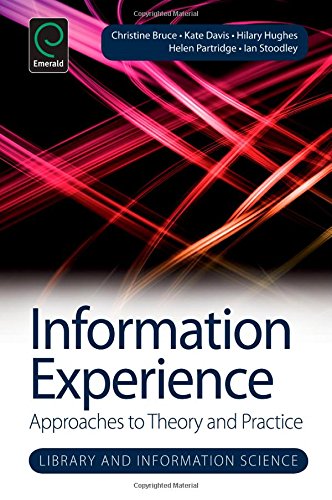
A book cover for Information Experience: Approaches to Theory and Practice (Library and Information Science); Christine Bruce; Politics & Social Sciences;